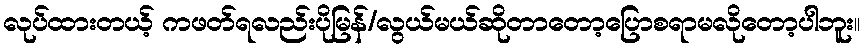
လုပ်ထားတယ့် ကဖတ်ရလည်းပိုမြန်/လွယ်မယ်ဆိုတာတော့ပြောစရာမလိုတော့ပါဘူး။